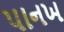
પાનખ